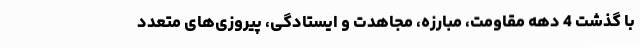
با گذشت 4 دهه مقاومت، مبارزه، مجاهدت و ایستادگی، پیروزی‌های متعدد